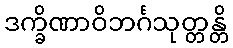
ဒက္ခိဏာဝိဘင်္ဂသုတ္တန္တိ